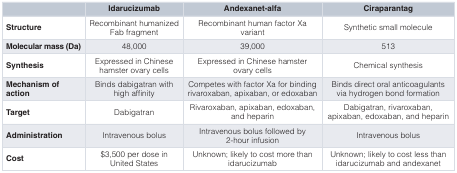
<table><thead><tr><td>[EMPTY_CELL]</td><td><b>Idarucizumab</b></td><td><b>Andexanet-alfa</b></td><td><b>Ciraparantag</b></td></tr></thead><tbody><tr><td><b>Structure</b></td><td>Recombinant humanizedFab fragment</td><td>Recombinant human factor Xavariant</td><td>Synthetic small molecule</td></tr><tr><td><b>Molecular mass (Da)</b></td><td>48,000</td><td>39,000</td><td>513</td></tr><tr><td><b>Synthesis</b></td><td>Expressed in Chinesehamster ovary cells</td><td>Expressed in Chinese hamsterovary cells</td><td>Chemical synthesis</td></tr><tr><td><b>Mechanism of action</b></td><td>Binds dabigatran withhigh affinity</td><td>Competes with factor Xa for bindingrivaroxaban, apixaban, or edoxaban</td><td>Binds direct oral anticoagulantsvia hydrogen bond formation</td></tr><tr><td><b>Target</b></td><td>Dabigatran</td><td>Rivaroxaban, apixaban, edoxaban,and heparin</td><td>Dabigatran, rivaroxaban,apixaban, edoxaban, and heparin</td></tr><tr><td><b>Administration</b></td><td>Intravenous bolus</td><td>Intravenous bolus followed by2-hour infusion</td><td>Intravenous bolus</td></tr><tr><td><b>Cost</b></td><td>$3,500 per dose inUnited States</td><td>Unknown; likely to cost more thanidarucizumab</td><td>Unknown; likely to cost less thanidarucizumab and andexanet</td></tr></tbody></table>